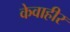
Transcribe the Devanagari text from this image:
केवाहीर